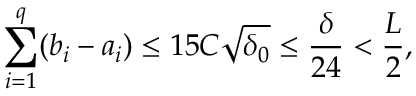
\sum _ { i = 1 } ^ { q } ( b _ { i } - a _ { i } ) \leq 1 5 C \sqrt { \delta _ { 0 } } \leq \frac { \delta } { 2 4 } < \frac { L } { 2 } ,